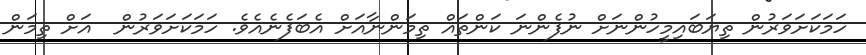
ހަމަކަށަވަރުން ތިޔަބައިމީހުންނަށް ނުފެންނަ ކަންތައް ތިމަންނާއަށް އެބަފެނެއެވެ. ހަމަކަށަވަރުން  އަށް ތިމަން